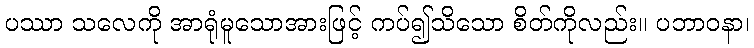
ပဿာ သလေကို အာရုံမူသောအားဖြင့် ကပ်၍သိသော စိတ်ကိုလည်း။ ပဘာဝနာ၊